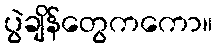
ပွဲချိန်တွေကကော။